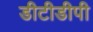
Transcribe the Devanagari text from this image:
डीटीडीपी